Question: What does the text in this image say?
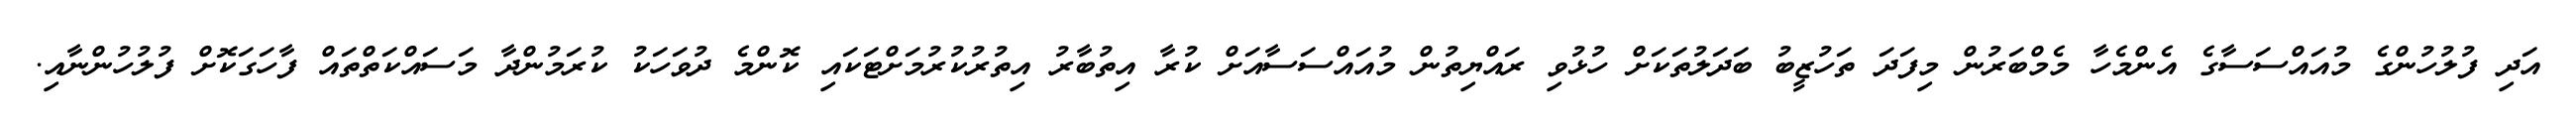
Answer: އަދި ފުލުހުންގެ މުއައްސަސާގެ އެންމެހާ މެމްބަރުން މިފަދަ ތަހުޒީބު ބަދަލުތަކަށް ހުޅުވި ރައްޔިތުން މުއައްސަސާއަށް ކުރާ އިތުބާރު އިތުރުކުރުމަށްޓަކައި ކޮންމެ ދުވަހަކު ކުރަމުންދާ މަސައްކަތްތައް ފާހަގަކޮށް ފުލުހުންނާއި.